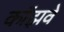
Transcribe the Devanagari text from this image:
कॉझवे